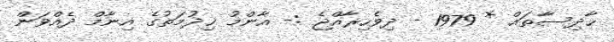
ޙާދިސާތައް * 1979 - ދިވެހިރާއްޖެ :- އާންމު ޚިދުމަތުގެ އިނާމް ދެއްވަން